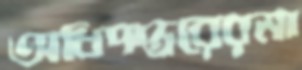
অধিদপ্তরেরমা